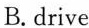
B. drive